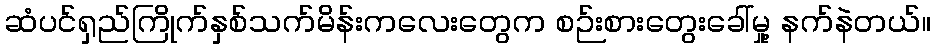
ဆံပင်ရှည်ကြိုက်နှစ်သက်မိန်းကလေးတွေက စဉ်းစားတွေးခေါ်မှု့ နက်နဲတယ်။